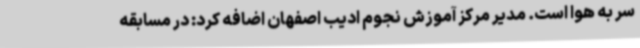
سر به هوا است. مدیر مرکز آموزش نجوم ادیب اصفهان اضافه کرد: در مسابقه